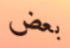
بعض